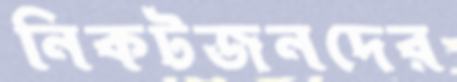
নিকটজনদের